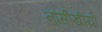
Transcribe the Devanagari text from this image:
नौसीखीयों